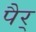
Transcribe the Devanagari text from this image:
पैर्